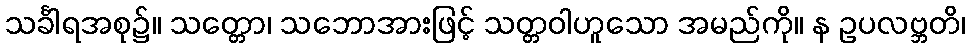
သင်္ခါရအစု၌။ သတ္တော၊ သဘောအားဖြင့် သတ္တဝါဟူသော အမည်ကို။ န ဥပလဗ္ဘတိ၊